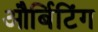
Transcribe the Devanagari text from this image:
और्बिटिंग